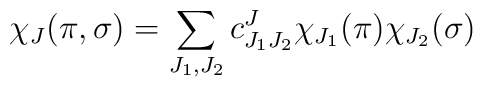
\chi_J(\pi,\sigma)  = \sum_{J_1,J_2} c^J_{J_1 J_2}  \chi_{J_1}(\pi) \chi_{J_2}(\sigma)